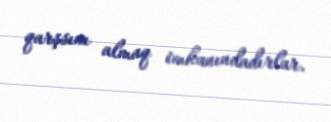
qarşsını almaq imkanındadırlar.